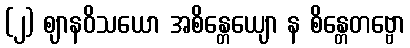
(၂) ဈာနဝိသယော အစိန္တေယျော န စိန္တေတဗ္ဗော